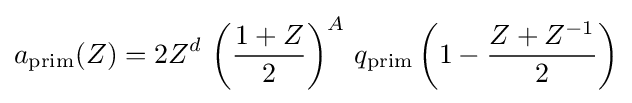
a_{\text{prim}}(Z)=2Z^{d}\,\left({\frac {1+Z}{2}}\right)^{A}\,q_{\text{prim}}\left(1-{\frac {Z+Z^{-1}}{2}}\right)